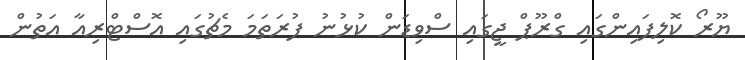
ޔޫރޯ ކޮލިފައިންގައި ގްރޫޕް ޖީގައި ސްވިޑަން ކުޅުނު ފުރަތަމަ މެޗުގައި އޮސްޓްރިއާ އަތުން